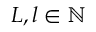
L , l \in \mathbb { N }